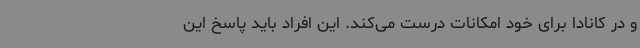
و در کانادا برای خود امکانات درست می‌کند. این افراد باید پاسخ این